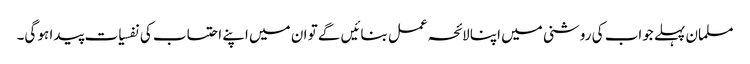
مسلمان پہلے جواب کی روشنی میں اپنا لائحہ عمل بنائیں گے تو ان میں اپنے احتساب کی نفسیات پیدا ہو گی۔